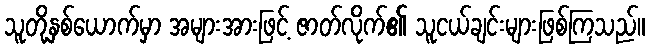
သူတို့နှစ်ယောက်မှာ အများအားဖြင့် ဇာတ်လိုက်၏ သူငယ်ချင်းများဖြစ်ကြသည်။